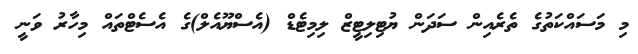
މި މަސައްކަތުގެ ތެރެއިން ސަދަން ޔުޓިލިޓީޒް ލިމިޓެޑް (އެސްޔޫއެލް)ގެ އެސެޓްތައް މިހާރު ވަނީ